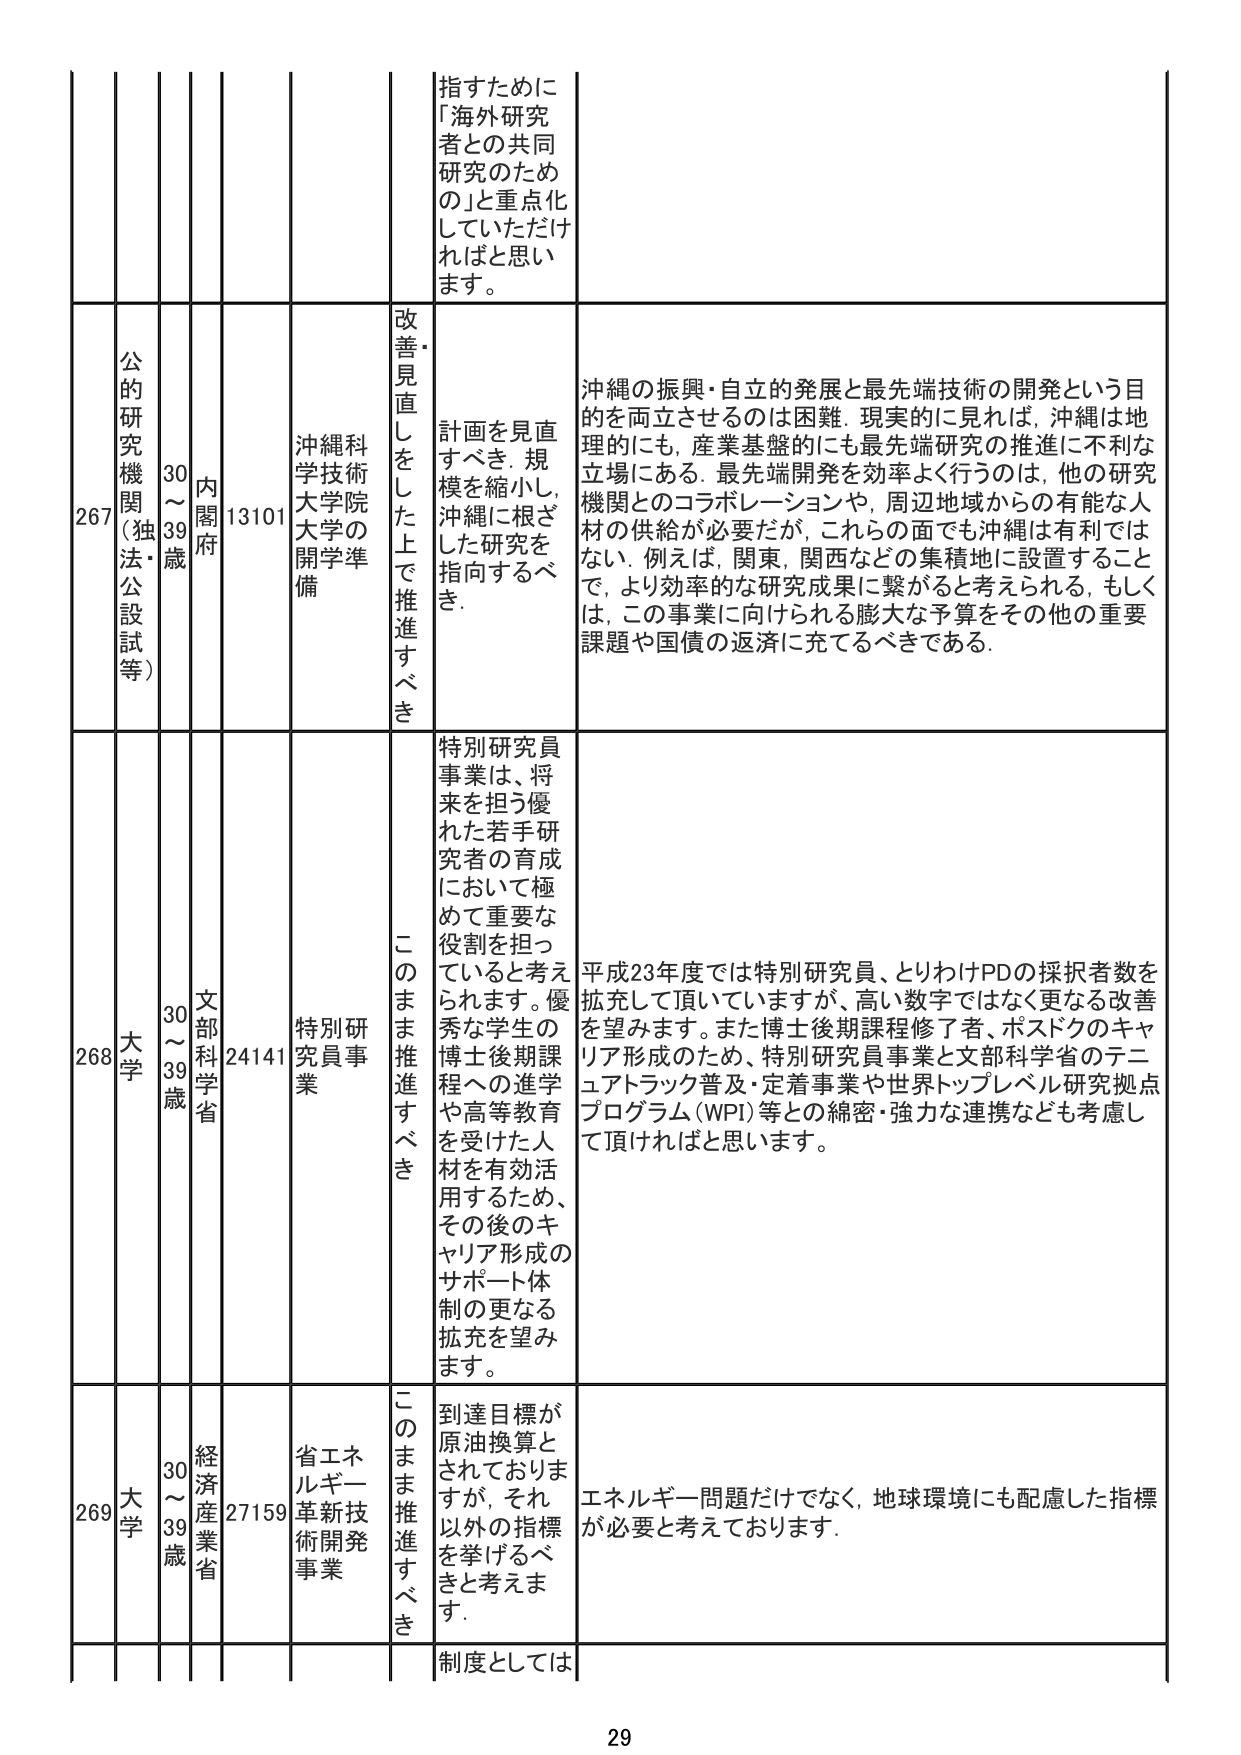
指すために
「海外研究者との共同研究のための」と重点化していただければと思います。

267
公的研究機関（独法・公設試等）
30～39歳
内閣府
13101
沖縄科学技術大学院大学の開学準備
改善・見直しをした上で推進すべき
計画を見直すべき。規模を縮小し、沖縄に根ざした研究を指向するべき。
沖縄の振興・自立的発展と最先端技術の開発という目的を両立させるのは困難。現実的に見れば、沖縄は地理的にも、産業基盤的にも最先端研究の推進に不利な立場にある。最先端開発を効率よく行うのは、他の研究機関とのコラボレーションや、周辺地域からの有能な人材の供給が必要だが、これらの面でも沖縄は有利ではない。例えば、関東、関西などの集積地に設置することで、より効率的な研究成果に繋がると考えられる。もしくは、この事業に向けられる膨大な予算をその他の重要課題や国債の返済に充てるべきである。

268
大学
30～39歳
文部科学省
24141
特別研究員事業
このまま推進すべき
特別研究員事業は、将来を担う優れた若手研究者の育成において極めて重要な役割を担っていると考えられます。優秀な学生の博士後期課程への進学や高等教育を受けた人材を有効活用するため、その後のキャリア形成のサポート体制の更なる拡充を望みます。
平成23年度では特別研究員、とりわけPDの採択者数を拡充して頂いていますが、高い数字ではなく更なる改善を望みます。また博士後期課程修了者、ポスドクのキャリア形成のため、特別研究員事業と文部科学省のテニュアトラック普及・定着事業や世界トップレベル研究拠点プログラム（WPI）等との綿密・強力な連携なども考慮して頂ければと思います。

269
大学
30～39歳
経済産業省
27159
省エネルギー革新技術開発事業
このまま推進すべき
到達目標が原油換算とされておりますが、それ以外の指標を挙げるべきと考えます。
エネルギー問題だけでなく、地球環境にも配慮した指標が必要と考えております。

制度としては
29